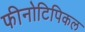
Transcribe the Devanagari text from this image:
फीनोटिपिकल